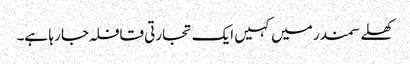
کھلے سمندر میں کہیں ایک تجارتی قافلہ جا رہا ہے۔